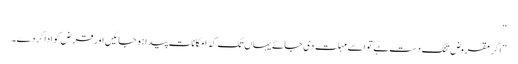
“
”اگر مقروض تنگ دست ہے تو اسے مہلت دی جائے یہاں تک کہ امکانات پیدا ہو جائیں اور قرض کو ادا کردے۔